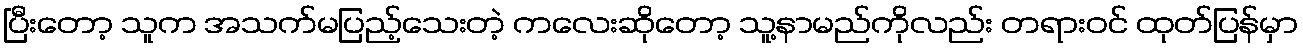
ပြီးတော့ သူက အသက်မပြည့်သေးတဲ့ ကလေးဆိုတော့ သူ့နာမည်ကိုလည်း တရားဝင် ထုတ်ပြန်မှာ